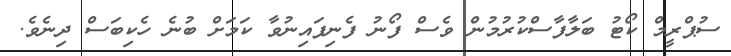
ސުޕްރީމް ކޯޓު ބަލާފާސްކުރުމުން ވެސް ފޯނު ފެނިފައިނުވާ ކަމަށް ބުނެ ހެކިބަސް ދިނެވެ.